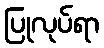
ပြုလုပ်ရာ